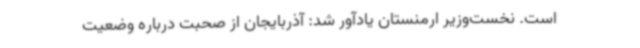
است. نخست‌وزیر ارمنستان یادآور شد: آذربایجان از صحبت درباره وضعیت